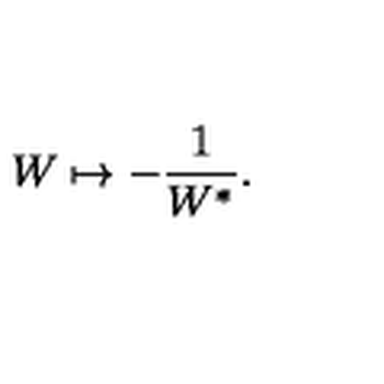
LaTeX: W \mapsto - \frac { 1 } { W ^ { * } } .